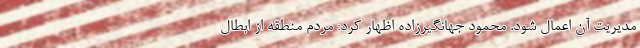
مدیریت آن اعمال شود. محمود جهانگیرزاده اظهار کرد: مردم منطقه از ابطال